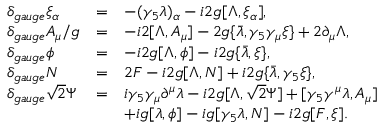
\begin{array} { l c l } { { \delta _ { g a u g e } \xi _ { \alpha } } } & { { = } } & { { - ( \gamma _ { 5 } \lambda ) _ { \alpha } - i 2 g [ \Lambda , \xi _ { \alpha } ] , } } \\ { { \displaystyle \delta _ { g a u g e } A _ { \mu } / g } } & { { = } } & { { - i 2 [ \Lambda , A _ { \mu } ] - 2 g \{ \bar { \lambda } , \gamma _ { 5 } \gamma _ { \mu } \xi \} + 2 \partial _ { \mu } \Lambda , } } \\ { { \delta _ { g a u g e } \phi } } & { { = } } & { { - i 2 g [ \Lambda , \phi ] - i 2 g \{ \bar { \lambda } , \xi \} , } } \\ { { \delta _ { g a u g e } N } } & { { = } } & { { 2 F - i 2 g [ \Lambda , N ] + i 2 g \{ \bar { \lambda } , \gamma _ { 5 } \xi \} , } } \\ { { \delta _ { g a u g e } \sqrt { 2 } \Psi } } & { { = } } & { { i \gamma _ { 5 } \gamma _ { \mu } \partial ^ { \mu } \lambda - i 2 g [ \Lambda , \sqrt { 2 } \Psi ] + [ \gamma _ { 5 } \gamma ^ { \mu } \lambda , A _ { \mu } ] } } \\ { { } } & { { } } & { { + i g [ \lambda , \phi ] - i g [ \gamma _ { 5 } \lambda , N ] - i 2 g [ F , \xi ] . } } \end{array}